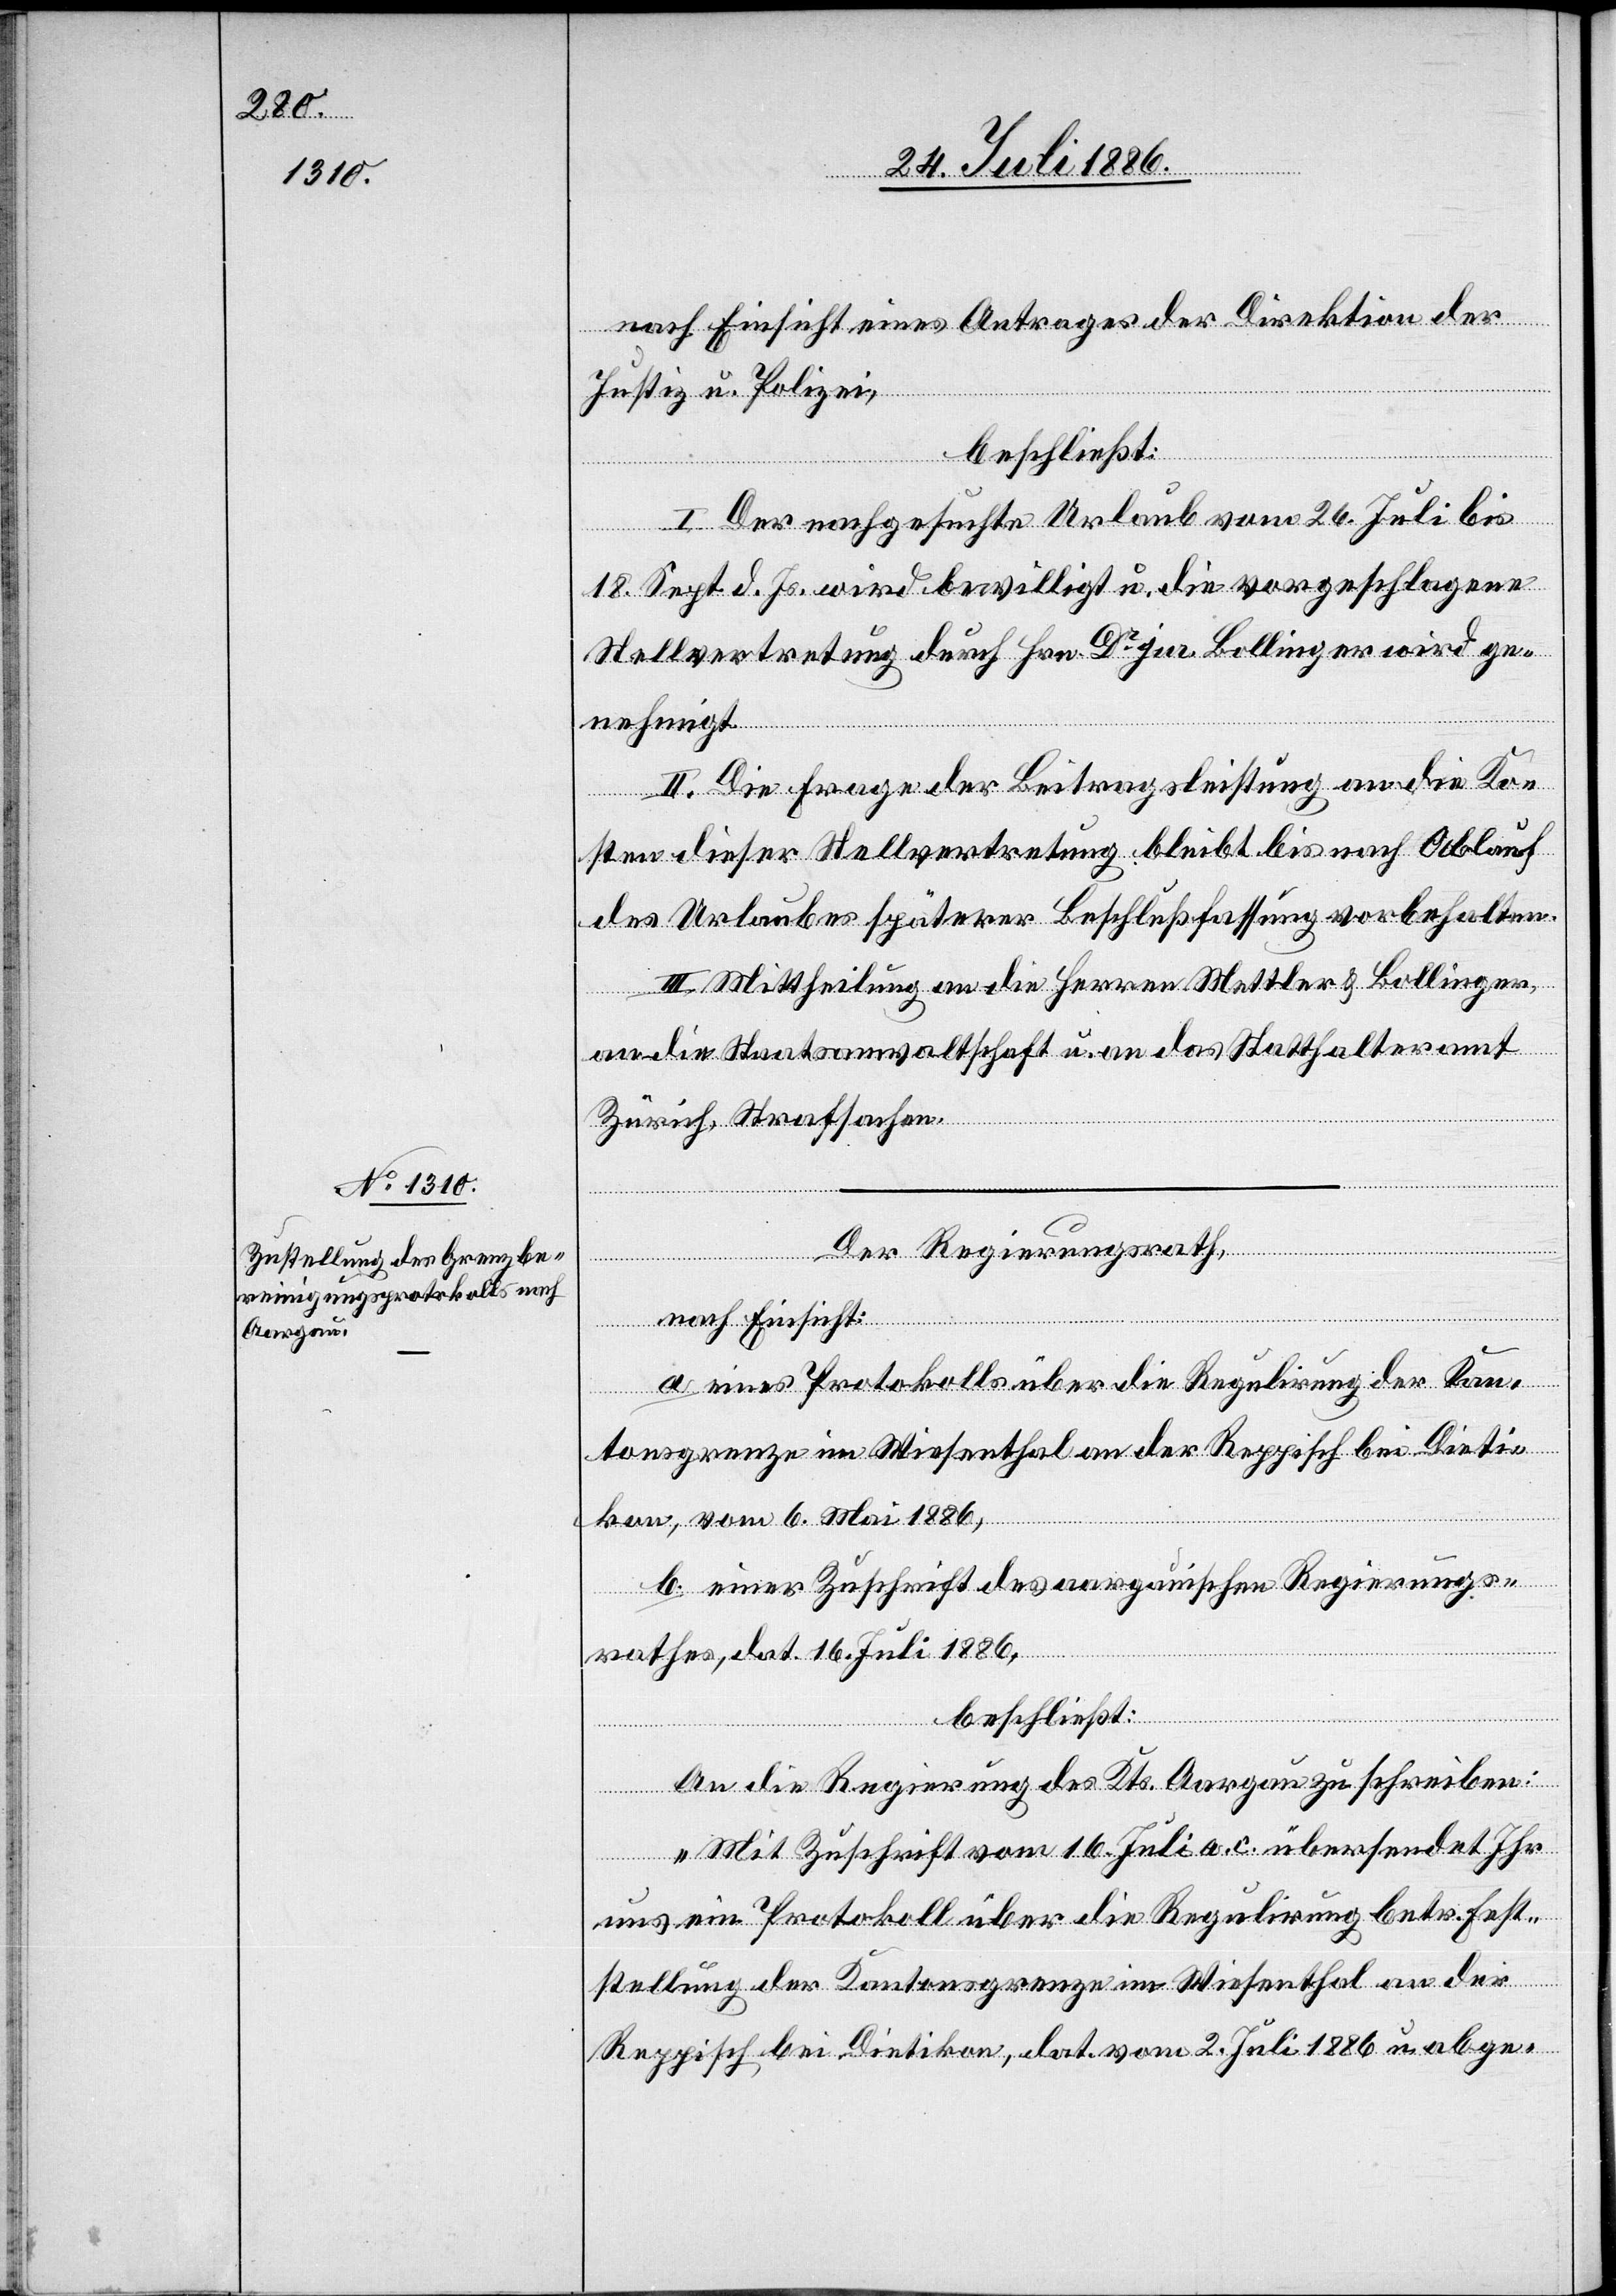
nach Einsicht eines Antrages der Direktion der
Justiz u. Polizei,
beschließt:
I. Der nachgesuchte Urlaub vom 26. Juli bis
18. Sept. d. Js. wird bewilligt u. die vorgeschlagene
Stellvertretung durch Hrn. Dr jur. Bollinger wird ge¬
nehmigt.
II. Die Frage der Beitragsleistung an die Ko¬
sten dieser Stellvertretung bleibt bis nach Ablauf
des Urlaubes späterer Beschlußfassung vorbehalten.
III. Mittheilung an die Herren Mettler & Bollinger,
an die Staatsanwaltschaft u. an das Statthalteramt
Zürich, Strafsachen.
Der Regierungsrath,
nach Einsicht:
a. eines Protokolls über die Regulirung der Kan¬
tonsgrenze im Wiesenthal an der Reppisch bei Dieti¬
kon, vom 6. Mai 1886,
b. einer Zuschrift des aargauischen Regierungs¬
rathes, dat. 16. Juli 1886,
beschließt:
An die Regierung des Kts. Aargau zu schreiben:
„Mit Zuschrift vom 16. Juli a. c. übersendet Ihr
uns ein Protokoll über die Regulirung betr. Fest¬
stellung der Kantonsgrenze im Wiesenthal an der
Reppisch bei Dietikon, dat. vom 2. Juli 1886 u. abge-